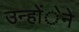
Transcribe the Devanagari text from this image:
उन्होंेने